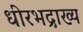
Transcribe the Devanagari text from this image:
धीरभद्राख्य